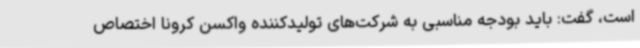
است، گفت: باید بودجه مناسبی به شرکت‌های تولیدکننده واکسن کرونا اختصاص